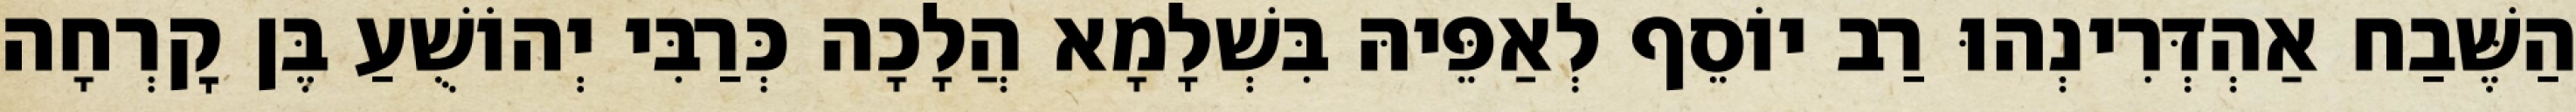
הַשֶּׁבַח אַהְדְּרִינְהוּ רַב יוֹסֵף לְאַפֵּיהּ בִּשְׁלָמָא הֲלָכָה כְּרַבִּי יְהוֹשֻׁעַ בֶּן קׇרְחָה